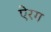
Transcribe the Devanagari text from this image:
ऐरग